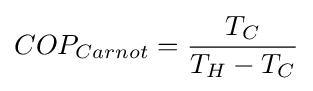
COP_{Carnot}={\frac {T_{C}}{T_{H}-T_{C}}}